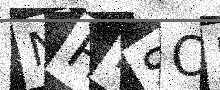
Text: NHRSO5